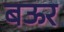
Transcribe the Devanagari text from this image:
बऊर